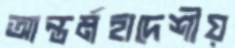
আন্তর্মহাদেশীয়